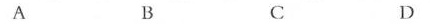
A B C D